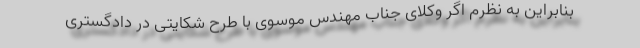
بنابراین به نظرم اگر وکلای جناب مهندس موسوی با طرح شکایتی در دادگستری